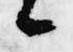
候